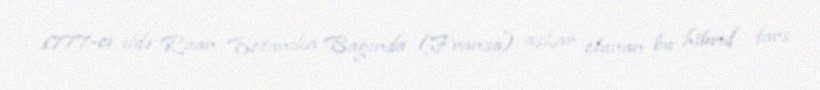
1777-ci ildə Ruan Botanika Bağında (Fransa) aşkar olunan bu hibrid fars